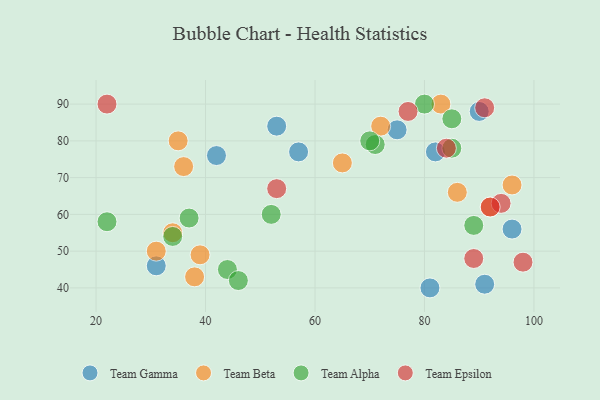
{"axis": {"x": "GDP", "y": "Life Expectancy"}, "legend": ["Team Alpha", "Team Beta", "Team Epsilon", "Team Gamma"], "data": [{"x": "91", "y": 41, "type": "Team Gamma"}, {"x": "42", "y": 76, "type": "Team Gamma"}, {"x": "82", "y": 77, "type": "Team Gamma"}, {"x": "90", "y": 88, "type": "Team Gamma"}, {"x": "75", "y": 83, "type": "Team Gamma"}, {"x": "81", "y": 40, "type": "Team Gamma"}, {"x": "53", "y": 84, "type": "Team Gamma"}, {"x": "57", "y": 77, "type": "Team Gamma"}, {"x": "96", "y": 56, "type": "Team Gamma"}, {"x": "31", "y": 46, "type": "Team Gamma"}, {"x": "92", "y": 62, "type": "Team Beta"}, {"x": "86", "y": 66, "type": "Team Beta"}, {"x": "35", "y": 80, "type": "Team Beta"}, {"x": "65", "y": 74, "type": "Team Beta"}, {"x": "96", "y": 68, "type": "Team Beta"}, {"x": "39", "y": 49, "type": "Team Beta"}, {"x": "34", "y": 55, "type": "Team Beta"}, {"x": "38", "y": 43, "type": "Team Beta"}, {"x": "72", "y": 84, "type": "Team Beta"}, {"x": "31", "y": 50, "type": "Team Beta"}, {"x": "83", "y": 90, "type": "Team Beta"}, {"x": "36", "y": 73, "type": "Team Beta"}, {"x": "71", "y": 79, "type": "Team Alpha"}, {"x": "44", "y": 45, "type": "Team Alpha"}, {"x": "89", "y": 57, "type": "Team Alpha"}, {"x": "70", "y": 80, "type": "Team Alpha"}, {"x": "85", "y": 86, "type": "Team Alpha"}, {"x": "37", "y": 59, "type": "Team Alpha"}, {"x": "52", "y": 60, "type": "Team Alpha"}, {"x": "22", "y": 58, "type": "Team Alpha"}, {"x": "34", "y": 54, "type": "Team Alpha"}, {"x": "46", "y": 42, "type": "Team Alpha"}, {"x": "85", "y": 78, "type": "Team Alpha"}, {"x": "80", "y": 90, "type": "Team Alpha"}, {"x": "22", "y": 90, "type": "Team Epsilon"}, {"x": "53", "y": 67, "type": "Team Epsilon"}, {"x": "94", "y": 63, "type": "Team Epsilon"}, {"x": "91", "y": 89, "type": "Team Epsilon"}, {"x": "92", "y": 62, "type": "Team Epsilon"}, {"x": "77", "y": 88, "type": "Team Epsilon"}, {"x": "89", "y": 48, "type": "Team Epsilon"}, {"x": "84", "y": 78, "type": "Team Epsilon"}, {"x": "98", "y": 47, "type": "Team Epsilon"}]}